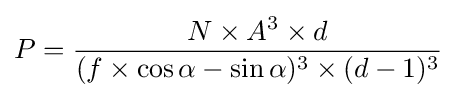
P={\frac {N\times A^{3}\times d}{(f\times \cos \alpha -\sin \alpha )^{3}\times (d-1)^{3}}}